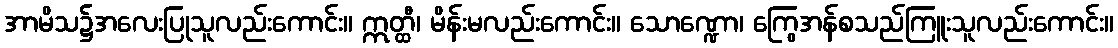
အာမိသ၌အလေးပြုသူလည်းကောင်း။ ဣတ္ထီ၊ မိန်းမလည်းကောင်း။ သောဏ္ဍော၊ ကြွေအန်စသည်ကြူးသူလည်းကောင်း။